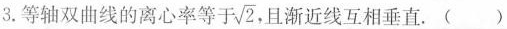
3. 等轴双曲线的离心率等于\sqrt{2},且渐近线互相垂直.()